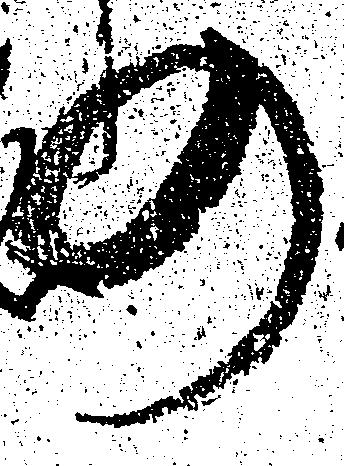
の